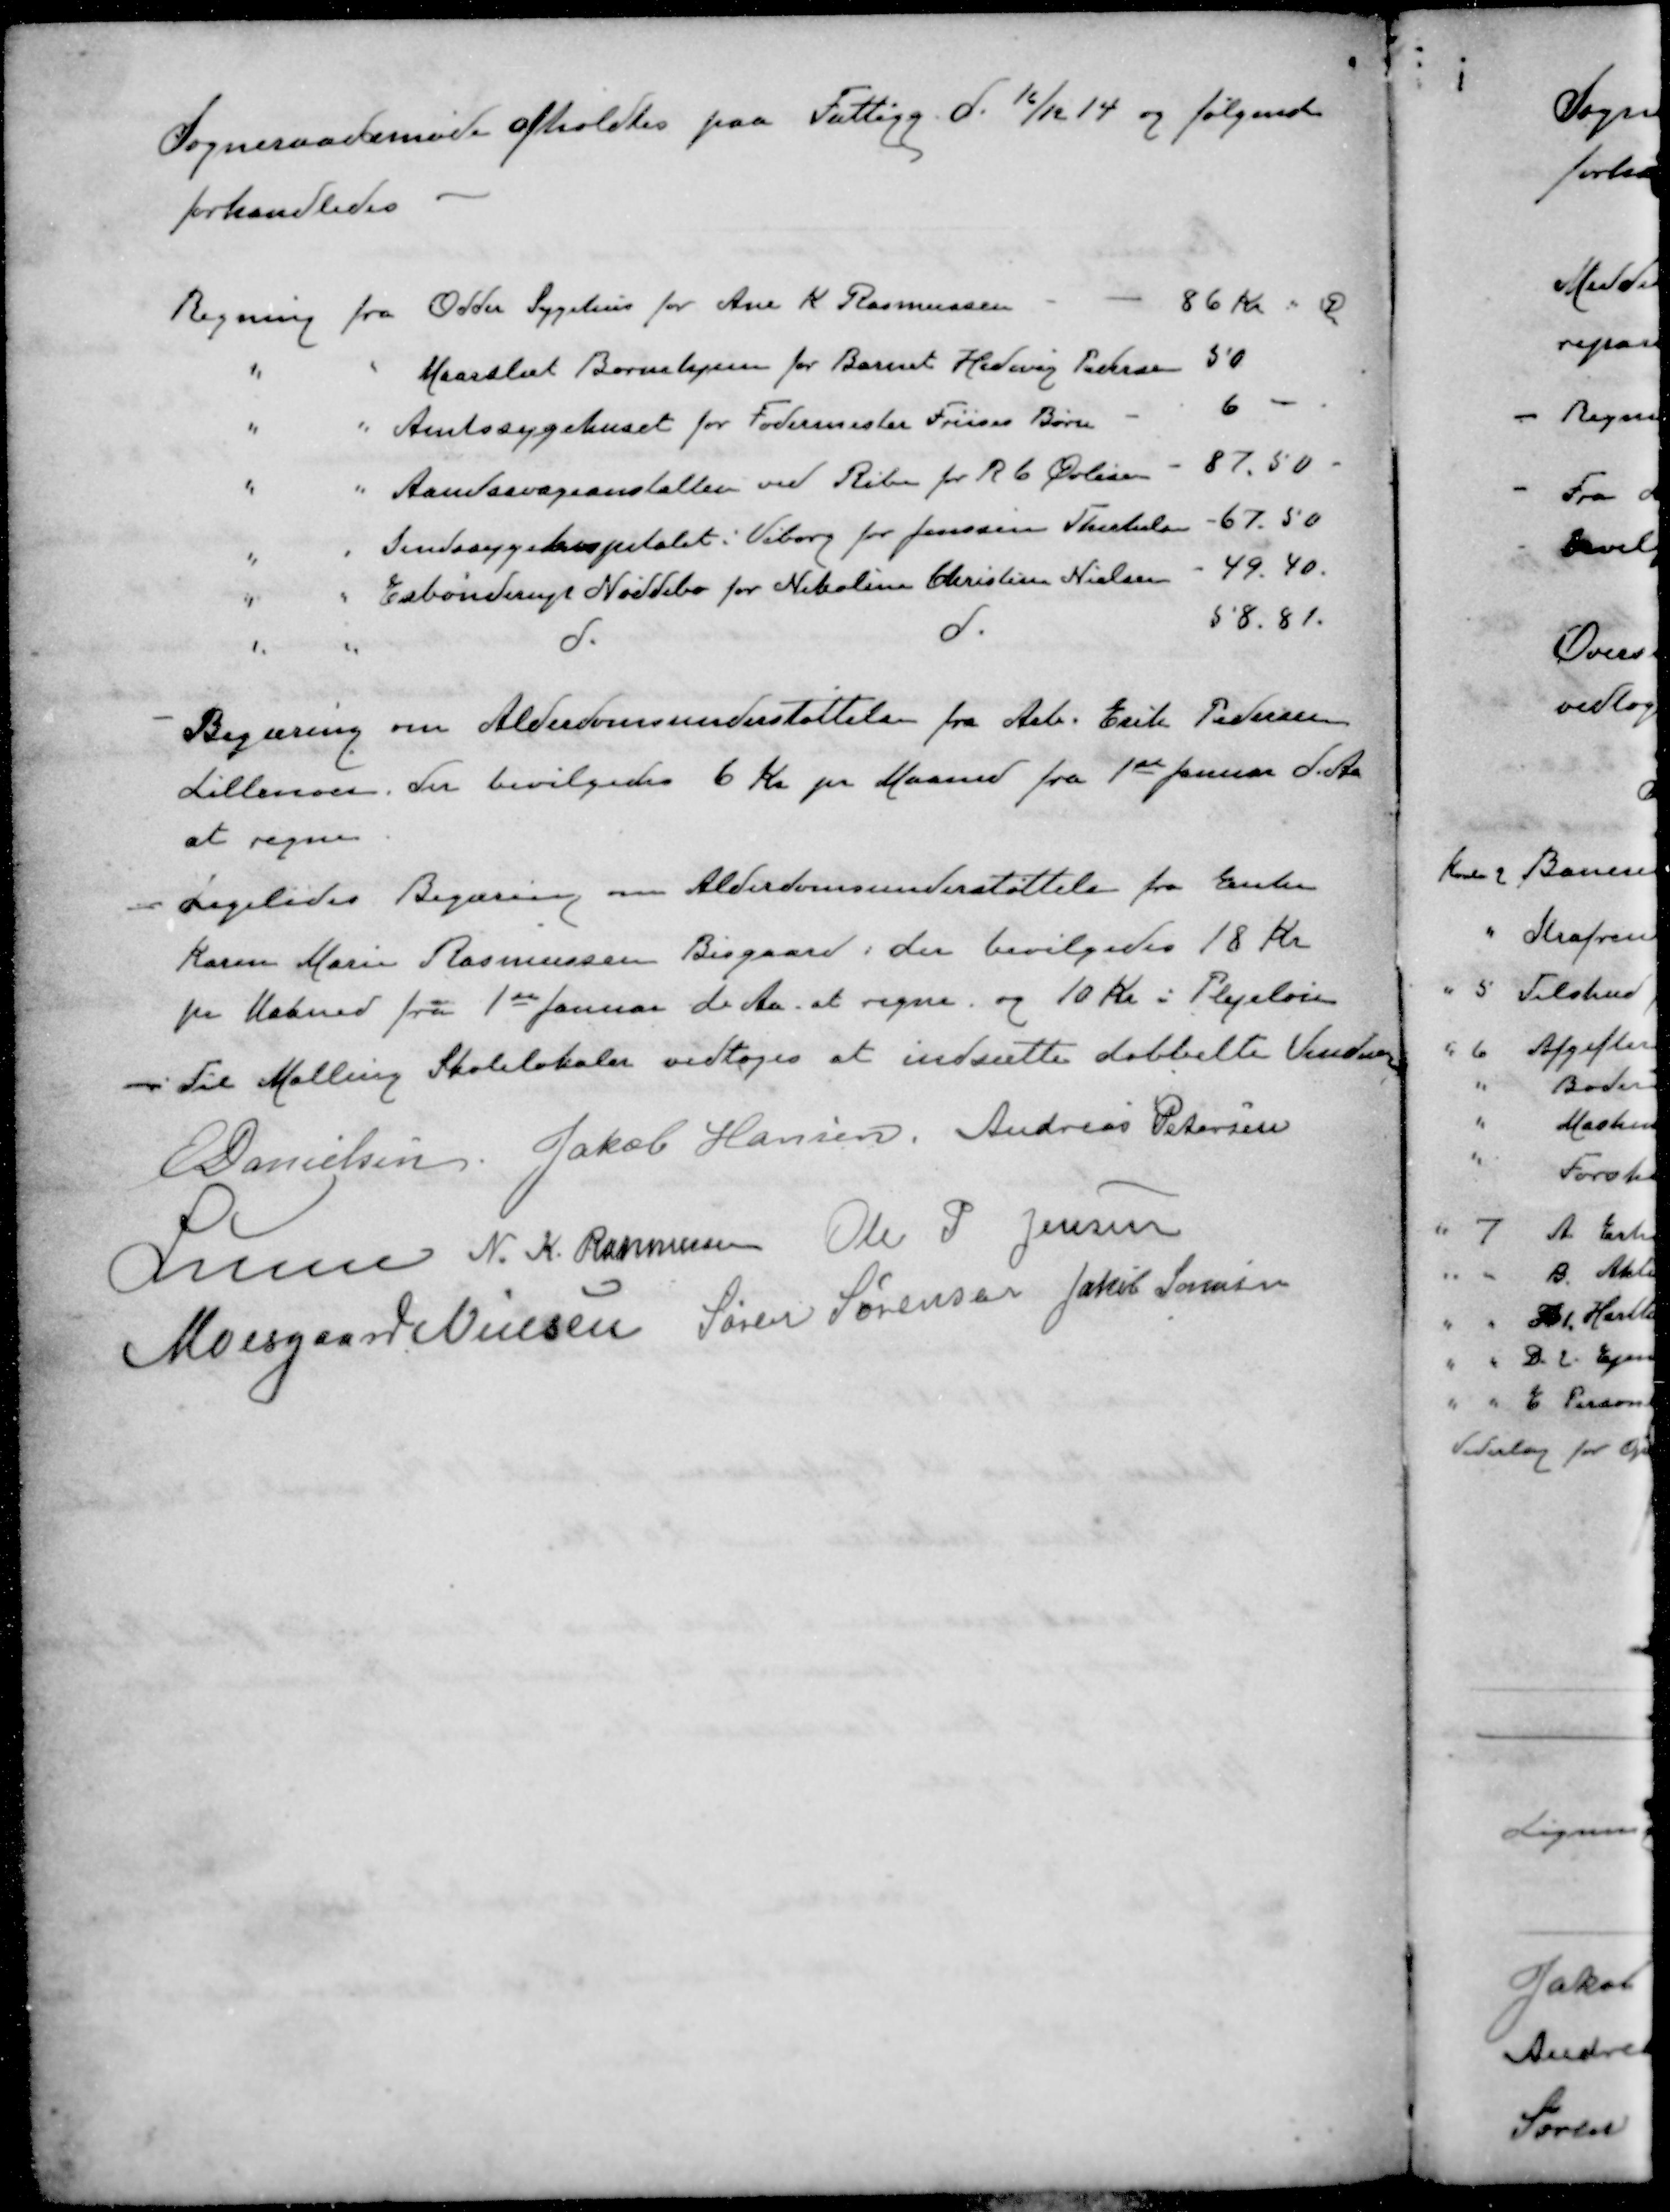
Transskription:
Sogneraadsmøde afholdtes paa Fattigg. d. 16/12 14 og følgende
forhandledes
Regning fra Odder Sygehus for Ane K Rasmussen
86 Kr " Ø
"
"
Maarslet Børnehjem for Barnet Hedevig Pedersen
50
"
"
Amtssygehuset for Fodermester Friises Børn
6 -
"
"
Aandssvageanstalten ved Ribe for R C Øvlisen
87.50
"
"
Sindssygehospitalet i Viborg for Jenssine Therkels
67.50
"
"
Esbønderup Nøddebo for Nikoline Christine Nielsen
49.40.
"
"
d.
d.
58.81
- Begæring om Alderdomsunderstøttelse fra Arb. Erik Pedersen
Lillenoer, der bevilgedes 6 Kr pr Maaned fra 1ste Januar d. Aa
at regne
- Ligeledes Begæring om Alderdomsunderstøttelse fra Enke
Karen Marie Rasmussen Bisgaard, der bevilgedes 18 Kr
pr Maaned fra 1ste Januar d. Aa at regne, og 10 Kr i Plejeløn
- Til Malling Skolelokaler vedtoges at indsætte dobbelte Vinduer
E Danielsen
Jakob Hansen
Andreas Petersen
Lunn
N. K. Rasmussen
Ole P Jensen
Moesgaard Nielsen
Søren Sørensen
Jakob Sørensen